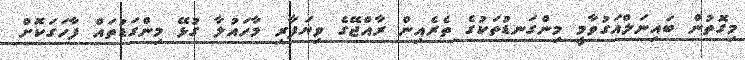
މިގޮތުން ބައިނަލްއަގުވާމީ މިންގަނޑުތަކުގެ ތެރެއިން ރާއްޖޭގެ ވިޔަފާރި މާހައުލާ ގުޅޭ މިންގަޑުތައް ފާހަގަކޮށް